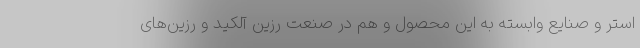
استر و صنایع وابسته به این محصول و هم در صنعت رزین آلکید و رزین‌های